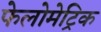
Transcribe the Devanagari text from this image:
फेलोमेट्रिक